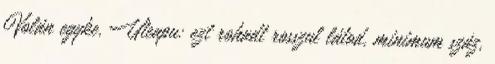
Volán egyke. Uteapu: ezt rohadt rosszul látod, minimum száz,